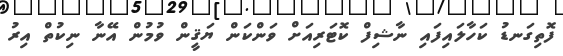
ފޮތިގަނޑު ކަހާލައިފައި ނާޝިފް ކޮޓަރިއަށް ވަންކަން ޔަޤީން ވުމުން އޭނާ ނިކުތް އިރު